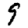
Digit: 9